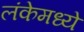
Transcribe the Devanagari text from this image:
लंकेमध्ये